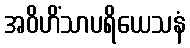
အဝိဟိံသာပရိယေသနံ